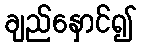
ချည်နှောင်၍